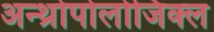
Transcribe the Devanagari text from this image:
अन्थ्रोपोलोजिक्ल